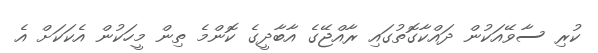
ކުރި ސާވޭއަކުން ދައްކާގޮތުގައި ރާއްޖޭގެ އާބާދީގެ ކޮންމެ ތިން މީހަކުން އެކަކަށް އެ